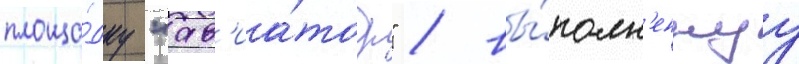
площа́дку "ав'иа́тор" / вы́полн'еннуу